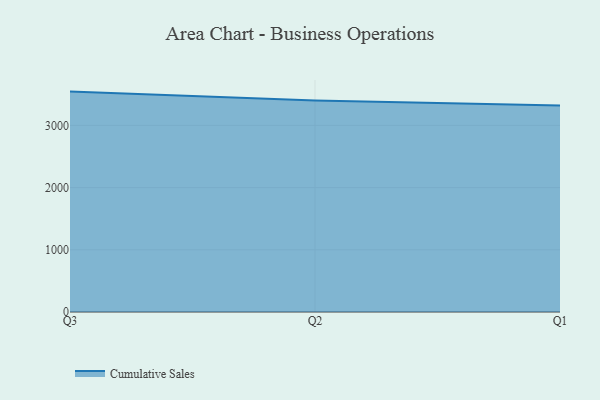
{"axis": {"x": "Quarter", "y": "Shipments"}, "legend": ["Cumulative Sales"], "data": [{"x": "Q3", "y": 3543.3, "type": "Cumulative Sales"}, {"x": "Q2", "y": 3401.4, "type": "Cumulative Sales"}, {"x": "Q1", "y": 3321.7, "type": "Cumulative Sales"}]}